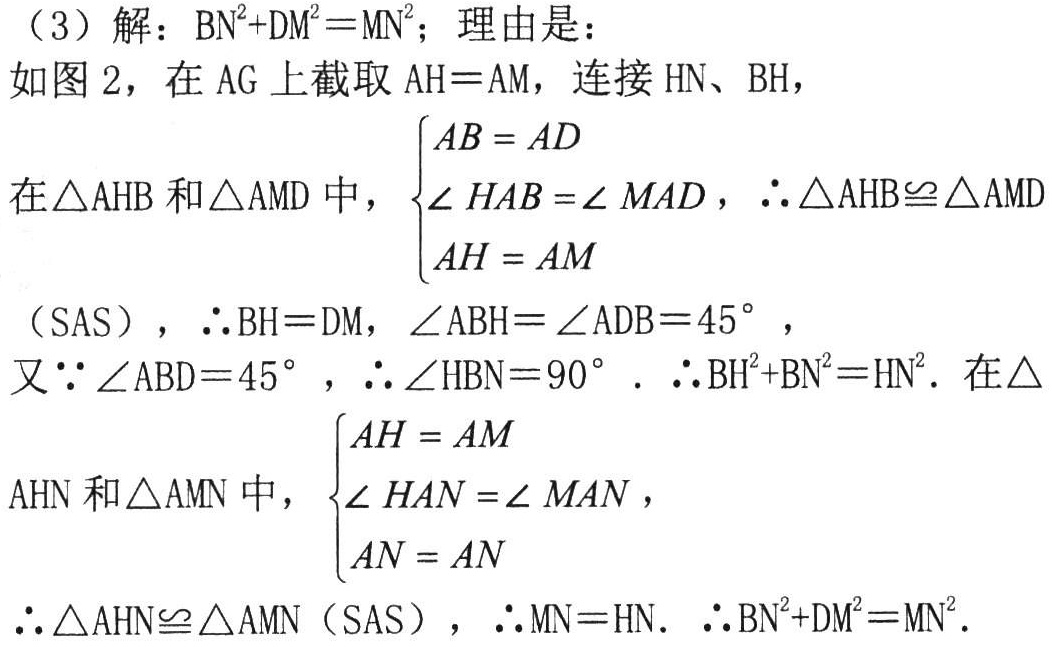
（3）解：\(BN^{2}+DM^{2}=MN^{2}\)；理由是：

如图2，在\(AG\)上截取\(AH = AM\)，连接\(HN\)、\(BH\)，

在\(\triangle AHB\)和\(\triangle AMD\)中，\(\begin{cases}AB = AD\\\angle HAB=\angle MAD\\AH = AM\end{cases}\)，\(\therefore\triangle AHB\cong\triangle AMD\)

（\(SAS\)），\(\therefore BH = DM\)，\(\angle ABH=\angle ADB = 45^{\circ}\)，

又\(\because\angle ABD = 45^{\circ}\)，\(\therefore\angle HBN = 90^{\circ}\)．\(\therefore BH^{2}+BN^{2}=HN^{2}\)．在\(\triangle\)

\(AHN\)和\(\triangle AMN\)中，\(\begin{cases}AH = AM\\\angle HAN=\angle MAN\\AN = AN\end{cases}\)，

\(\therefore\triangle AHN\cong\triangle AMN\)（\(SAS\)），\(\therefore MN = HN\)．\(\therefore BN^{2}+DM^{2}=MN^{2}\)．